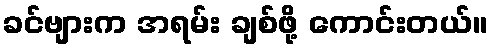
ခင်ဗျားက အရမ်း ချစ်ဖို့ ကောင်းတယ်။